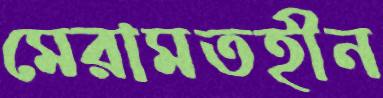
মেরামতহীন